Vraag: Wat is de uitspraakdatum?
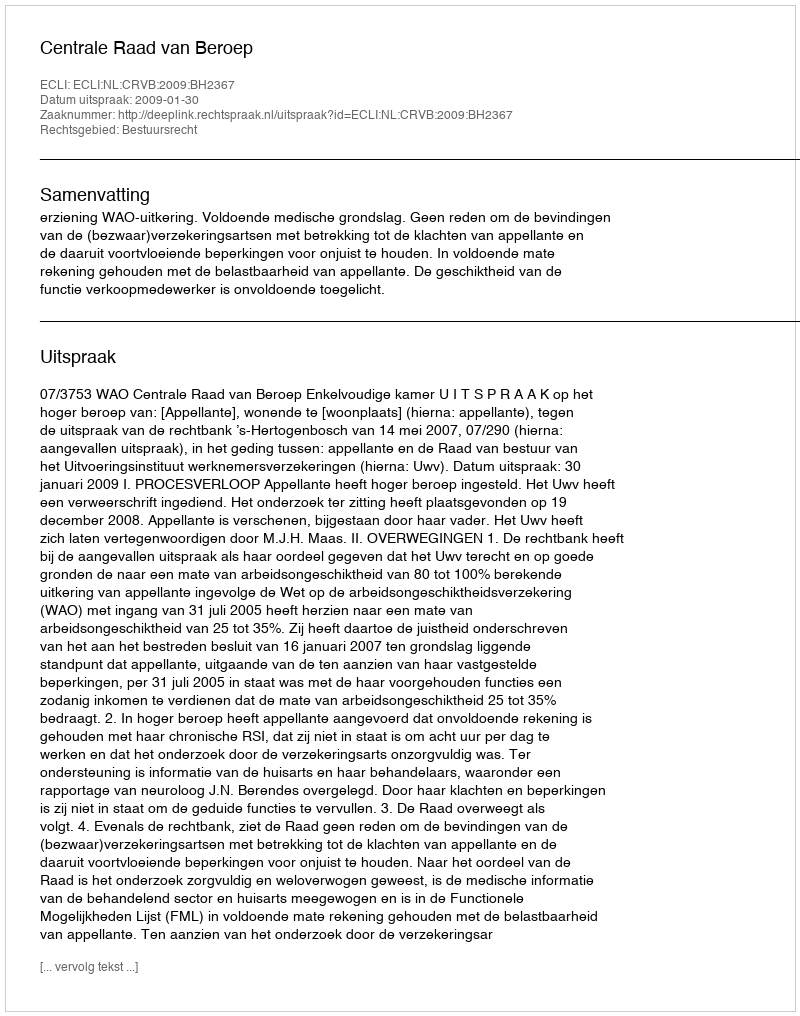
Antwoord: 2009-01-30